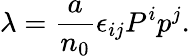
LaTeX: \lambda={\frac{a}{n_{0}}}\epsilon_{ij}P^{i}p^{j}.